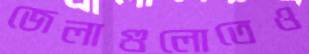
জেলাগুলোতেও